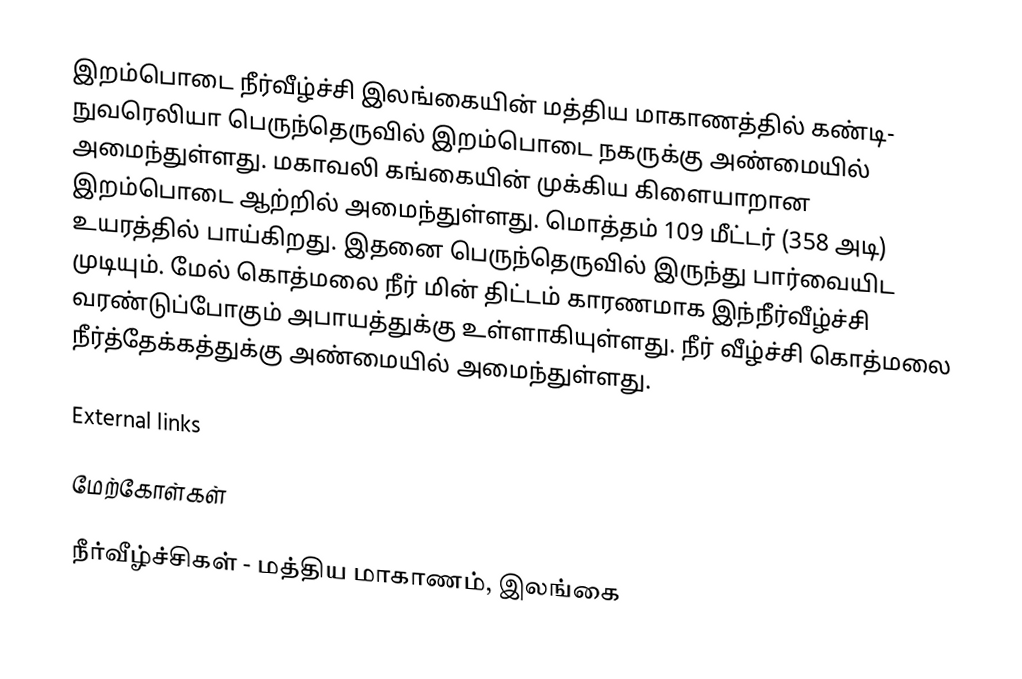
இறம்பொடை நீர்வீழ்ச்சி இலங்கையின் மத்திய மாகாணத்தில்  கண்டி- நுவரெலியா பெருந்தெருவில் இறம்பொடை  நகருக்கு அண்மையில் அமைந்துள்ளது. மகாவலி கங்கையின் முக்கிய கிளையாறான இறம்பொடை ஆற்றில் அமைந்துள்ளது. மொத்தம் 109 மீட்டர் (358 அடி) உயரத்தில் பாய்கிறது. இதனை பெருந்தெருவில் இருந்து பார்வையிட முடியும். மேல் கொத்மலை நீர் மின்  திட்டம் காரணமாக இந்நீர்வீழ்ச்சி வரண்டுப்போகும் அபாயத்துக்கு உள்ளாகியுள்ளது. நீர் வீழ்ச்சி கொத்மலை நீர்த்தேக்கத்துக்கு அண்மையில் அமைந்துள்ளது.

External links

மேற்கோள்கள்

நீர்வீழ்ச்சிகள் - மத்திய மாகாணம், இலங்கை